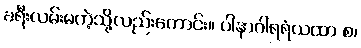
ခရီးလမ်းမကဲ့သို့လည်းကောင်း။ ပါနာဂါရရံယထာ စ၊